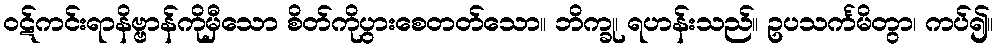
ဝဋ်ကင်းရာနိဗ္ဗာန်ကိုမှီသော စိတ်ကိုပွားစေတတ်သော။ ဘိက္ခု၊ ရဟန်းသည်။ ဥပသင်္ကမိတွာ၊ ကပ်၍။